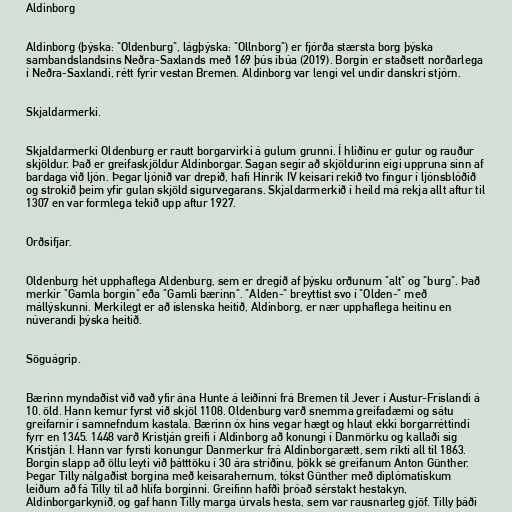
Aldinborg

Aldinborg (þýska: "Oldenburg", lágþýska: "Ollnborg") er fjórða stærsta borg þýska
sambandslandsins Neðra-Saxlands með 169 þús íbúa (2019). Borgin er staðsett norðarlega
í Neðra-Saxlandi, rétt fyrir vestan Bremen. Aldinborg var lengi vel undir danskri stjórn.

Skjaldarmerki.

Skjaldarmerki Oldenburg er rautt borgarvirki á gulum grunni. Í hliðinu er gulur og rauður
skjöldur. Það er greifaskjöldur Aldinborgar. Sagan segir að skjöldurinn eigi uppruna sinn af
bardaga við ljón. Þegar ljónið var drepið, hafi Hinrik IV keisari rekið tvo fingur í ljónsblóðið
og strokið þeim yfir gulan skjöld sigurvegarans. Skjaldarmerkið í heild má rekja allt aftur til
1307 en var formlega tekið upp aftur 1927.

Orðsifjar.

Oldenburg hét upphaflega Aldenburg, sem er dregið af þýsku orðunum "alt" og "burg". Það
merkir "Gamla borgin" eða "Gamli bærinn". "Alden-" breyttist svo í "Olden-" með
mállýskunni. Merkilegt er að íslenska heitið, Aldinborg, er nær upphaflega heitinu en
núverandi þýska heitið.

Söguágrip.

Bærinn myndaðist við vað yfir ána Hunte á leiðinni frá Bremen til Jever í Austur-Fríslandi á
10. öld. Hann kemur fyrst við skjöl 1108. Oldenburg varð snemma greifadæmi og sátu
greifarnir í samnefndum kastala. Bærinn óx hins vegar hægt og hlaut ekki borgarréttindi
fyrr en 1345. 1448 varð Kristján greifi í Aldinborg að konungi í Danmörku og kallaði sig
Kristján I. Hann var fyrsti konungur Danmerkur frá Aldinborgarætt, sem ríkti all til 1863.
Borgin slapp að öllu leyti við þátttöku í 30 ára stríðinu, þökk sé greifanum Anton Günther.
Þegar Tilly nálgaðist borgina með keisarahernum, tókst Günther með diplómatískum
leiðum að fá Tilly til að hlífa borginni. Greifinn hafði þróað sérstakt hestakyn,
Aldinborgarkynið, og gaf hann Tilly marga úrvals hesta, sem var rausnarleg gjöf. Tilly þáði